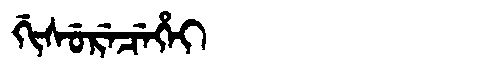
Manchu: ᡤᡳᠰᡠᡵᡝᠴᡝᡥᡝᡳ
Romanization: GISURECEHEI